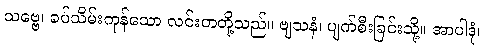
သဗ္ဗေ၊ ခပ်သိမ်းကုန်သော လင်းတတို့သည်။ ဗျသနံ၊ ပျက်စီးခြင်းသို့။ အာပါဒုံ၊